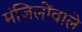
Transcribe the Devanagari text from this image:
मंजिलोंवाले